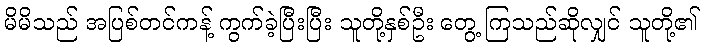
မိမိသည် အပြစ်တင်ကန့် ကွက်ခဲ့ပြီးပြီး သူတို့နှစ်ဦး တွေ့ ကြသည်ဆိုလျှင် သူတို့၏